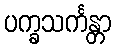
ပက္ခသင်္ကန္တာ